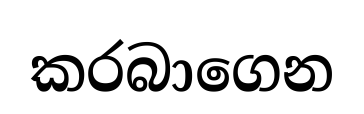
කරබාගෙන